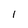
Character: I